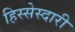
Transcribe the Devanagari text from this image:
हिस्सेस्दारी